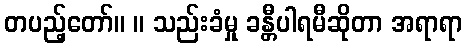
တပည့်တော်။ ။ သည်းခံမှု ခန္တီပါရမီဆိုတာ အရာရာ